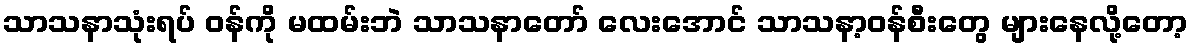
သာသနာသုံးရပ် ဝန်ကို မထမ်းဘဲ သာသနာတော် လေးအောင် သာသနာ့ဝန်စီးတွေ များနေလို့တော့